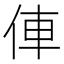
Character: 俥